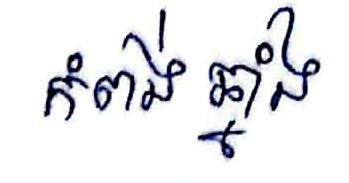
កំពង់ ឆ្នាំង